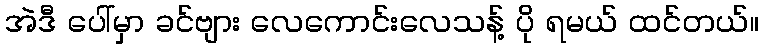
အဲဒီ ပေါ်မှာ ခင်ဗျား လေကောင်းလေသန့် ပို ရမယ် ထင်တယ်။